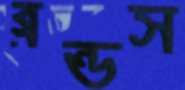
ব্লন্ডস